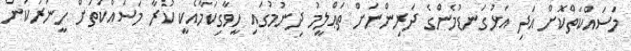
މަސައްކަތްކޮށް އަދި އަޅުގަނޑުމެންގެ ދަރިންނަށް ތަޢްލީމު ދިނުމުގައި ހީވާގިކަމާއެކީ ކުރާ މަސައްކަތަށް ހީނަރުކަން